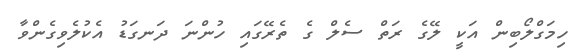
ހިމަގްލޯބިން އަކީ ލޭގެ ރަތް ސެލް ގެ ތެރޭގައި ހުންނަ ދަނގަޑު އެކުލެވިގެންވާ